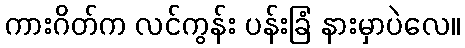
ကားဂိတ်က လင်ကွန်း ပန်းခြံ နားမှာပဲလေ။